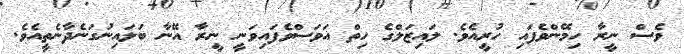
ވެސް ނީރާ ހިމޭންވެފައި ހުރީއެވެ. ލައިޒަލްގެ ހިތް އަވަސްވެފައިވަނީ ނީރާ އޭނާ ބަލައިނުގަނެދާނެތީއެވެ.